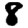
Digit: 8